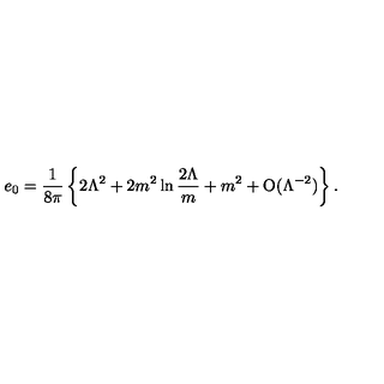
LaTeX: e _ { 0 } = { \frac { 1 } { 8 \pi } } \left\{ 2 \Lambda ^ { 2 } + 2 { m ^ { 2 } } \ln { \frac { 2 \Lambda } { m } } + { m ^ { 2 } } + \mathrm { O } ( \Lambda ^ { - 2 } ) \right\} .